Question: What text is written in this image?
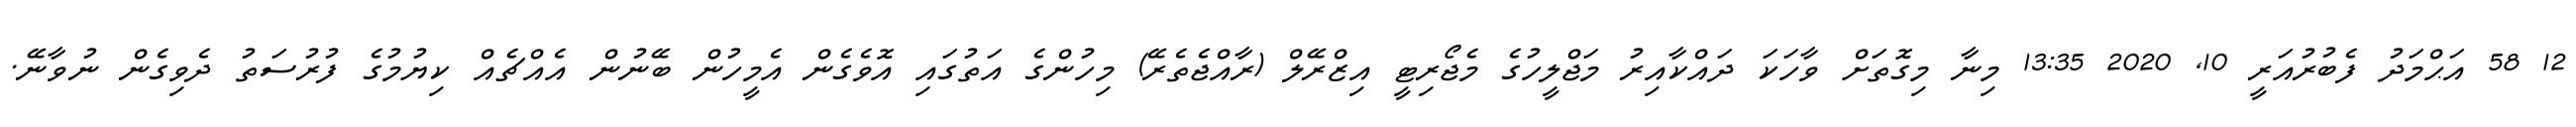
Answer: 12 58 އަޙްމަދު ފެބުރުއަރީ 10, 2020 13:35 މިނާ މިގޮތަށް ވާހަކަ ދައްކާއިރު މަޖްލީހުގެ މެޖޯރިޓީ އިޒްރޭލް (ރާއްޖެތެރޭ) މިހުންގެ އަތުގައި އޮވެގެން އެމީހުން ބޭނުން އެއްޗެއް ކިޔުމުގެ ފުރުސަތު ދެވިގެން ނުވާނޭ.